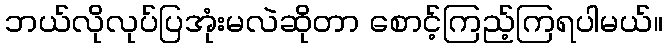
ဘယ်လိုလုပ်ပြအုံးမလဲဆိုတာ စောင့်ကြည့်ကြရပါမယ်။